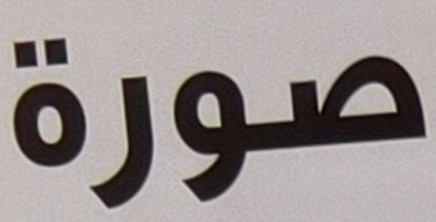
صورة